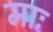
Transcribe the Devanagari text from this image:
माः